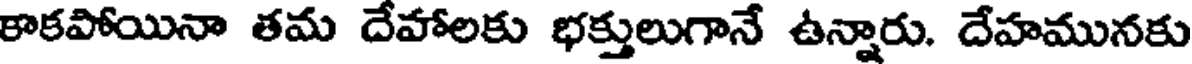
కాకపోయినా తమ దేహాలకు భక్తులుగానే ఉన్నారు. దేహమునకు